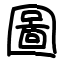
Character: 圖